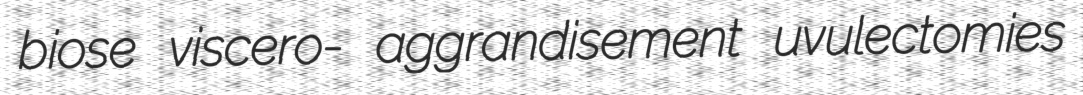
biose viscero- aggrandisement uvulectomies